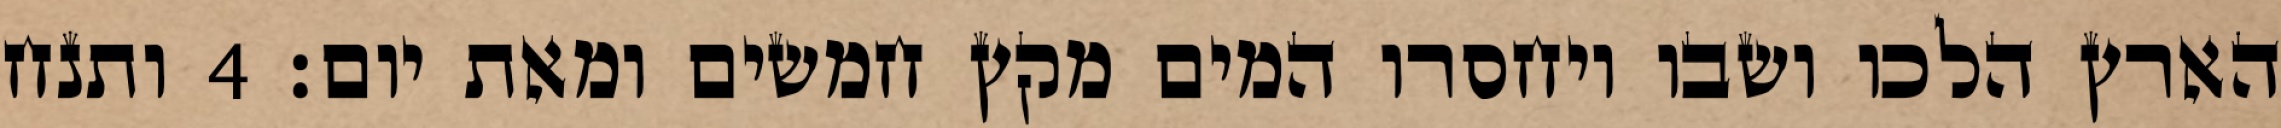
הארץ הלכו ושבו ויחסרו המים מקץ חמשים ומאת יום׃ ‎4‏ ותנח